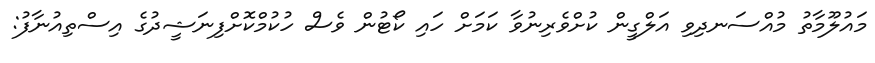
މައުލޫމާތު މުއްސަނދިވި އަލްގީން ކުށްވެރިނުވާ ކަމަށް ހައި ކޯޓުން ވެސް ހުކުމްކޮށްފިނަޝީދުގެ އިސްތިއުނާފު: